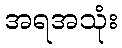
အရအသုံး